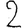
Digit: 2